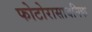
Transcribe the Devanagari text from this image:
फोटोरासायनिक